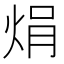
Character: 焆